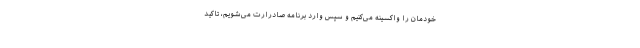
خودمان را واکسینه می‌کنیم و سپس وارد برنامه صادرارت می‌شویم، تاکید